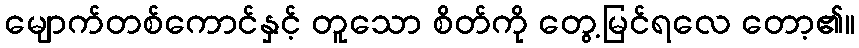
မျောက်တစ်ကောင်နှင့် တူသော စိတ်ကို တွေ့မြင်ရလေ တော့၏။